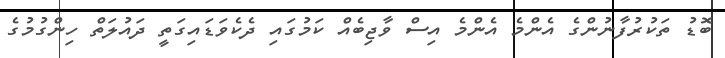
ބޮޑު ތަކުރުފާނުންގެ އެންމެ އެންމެ އިސް ވާޖިބެއް ކަމުގައި ދެކެވަޑައިގަތީ ދައުލަތް ހިންގުމުގެ